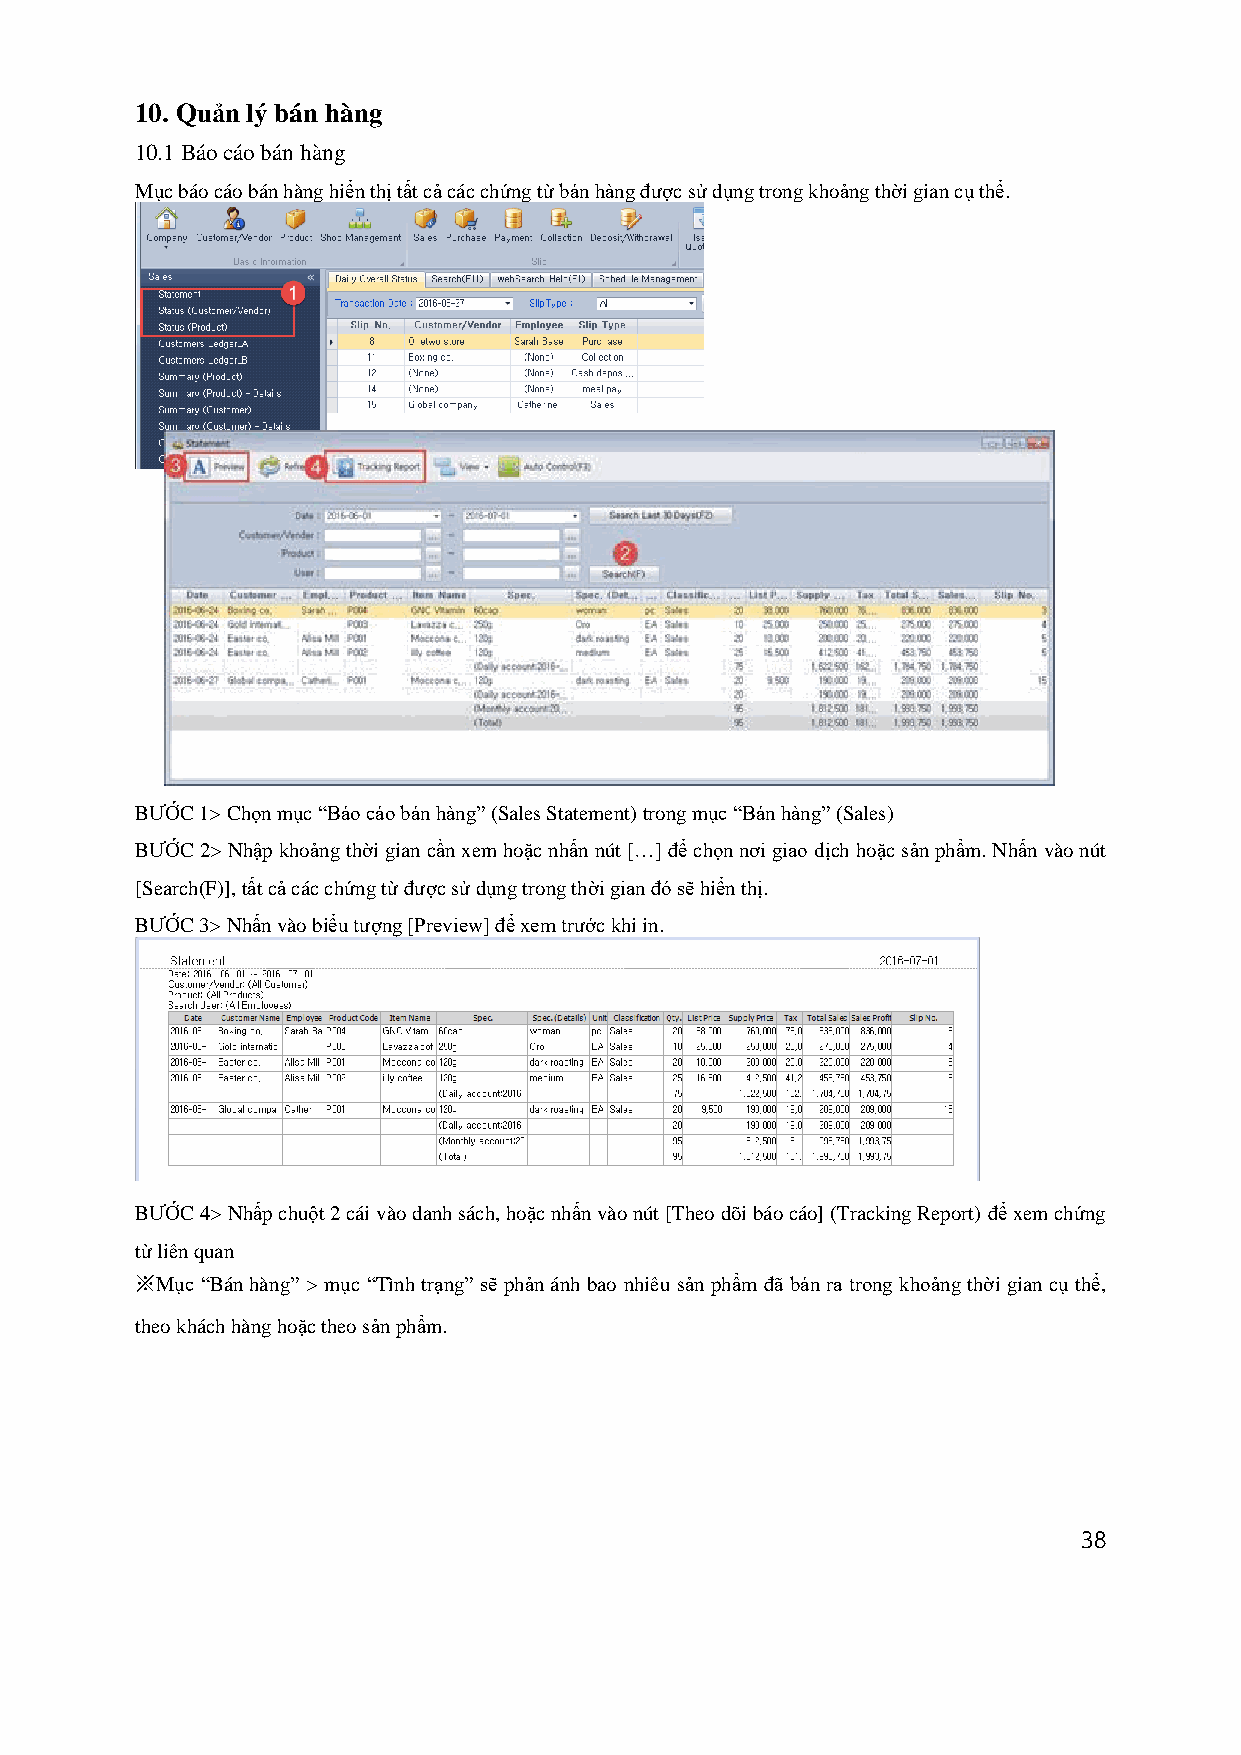
10. Quản lý bán hàng
 10.1 Báo cáo bán hàng
 Mục báo cáo bán hàng hiển thị tất cả các chứng từ bán hàng được sử dụng trong khoảng thời gian cụ thể.
 BƯỚC 1> Chọn mục “Báo cáo bán hàng” (Sales Statement) trong mục “Bán hàng” (Sales)
 BƯỚC 2> Nhập khoảng thời gian cần xem hoặc nhấn nút […] để chọn nơi giao dịch hoặc sản phẩm. Nhấn vào nút
 [Search(F)], tất cả các chứng từ được sử dụng trong thời gian đó sẽ hiển thị.
 BƯỚC 3> Nhấn vào biểu tượng [Preview] để xem trước khi in.
 BƯỚC 4> Nhấp chuột 2 cái vào danh sách, hoặc nhấn vào nút [Theo dõi báo cáo] (Tracking Report) để xem chứng
 từ liên quan
 ※Mục “Bán hàng” > mục “Tình trạng” sẽ phản ánh bao nhiêu sản phẩm đã bán ra trong khoảng thời gian cụ thể,
 theo khách hàng hoặc theo sản phẩm.
 38